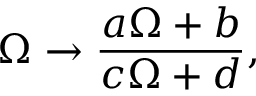
{ \Omega \to { \frac { a \Omega + b } { c \Omega + d } } , }